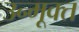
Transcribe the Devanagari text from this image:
उन्मूक्त